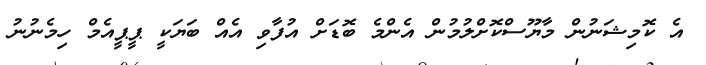
އެ ކޮމިޝަނުން މާޔޫސްކޮށްލުމުން އެންމެ ބޮޑަށް އުފާވި އެއް ބަޔަކީ ޕީޕީއެމް ހިމެނުނު